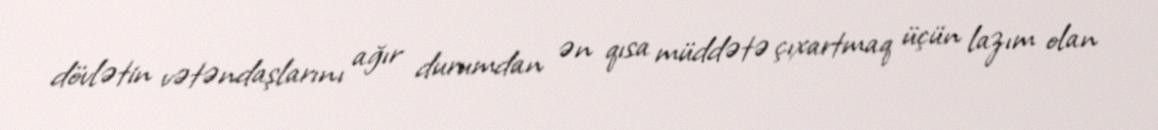
dövlətin vətəndaşlarını ağır durumdan ən qısa müddətə çıxartmaq üçün lazım olan